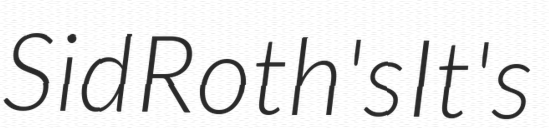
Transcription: Sid Roth's It's